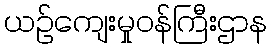
ယဉ်ကျေးမှုဝန်ကြီးဌာန